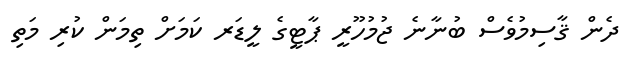
ދެން ޤާސިމުވެސް ބުނާނެ ޖުމުހޫރީ ޕާޓީގެ ލީޑަރ ކަމަށް ތިމަން ކުރި މަތި